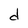
Character: d